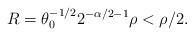
LaTeX: \begin{align*}R = \theta_{0}^{-1/2} 2^{-\alpha/2 -1} \rho < \rho/2.\end{align*}